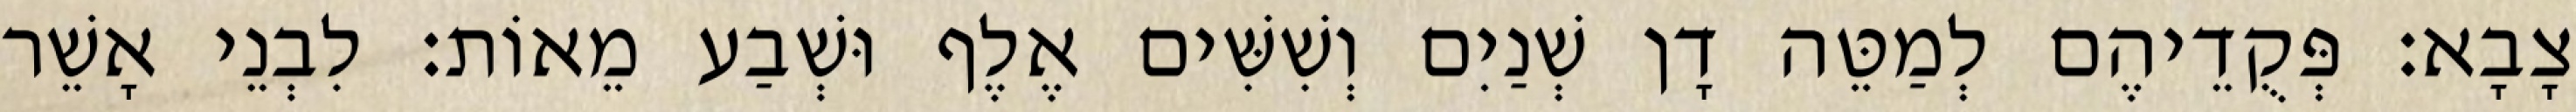
צָבָא׃ פְּקֻדֵיהֶם לְמַטֵּה דָן שְׁנַיִם וְשִׁשִּׁים אֶלֶף וּשְׁבַע מֵאוֹת׃ לִבְנֵי אָשֵׁר